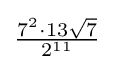
{\tfrac {7^{2}\cdot 13{\sqrt {7}}}{2^{11}}}